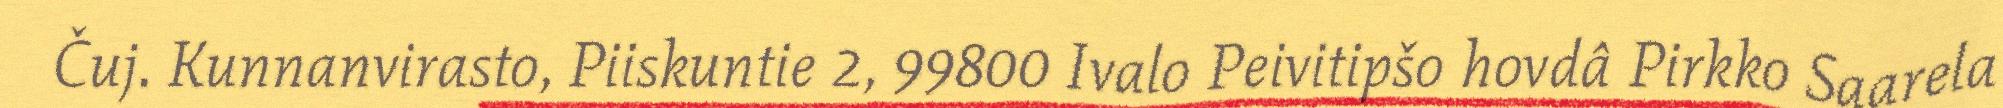
Čuj. Kunnanvirasto, Piiskuntie 2, 99800 Ivalo Peivitipšo hovdâ Pirkko Saarela